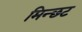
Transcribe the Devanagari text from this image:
मिन्छट